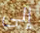
إلى